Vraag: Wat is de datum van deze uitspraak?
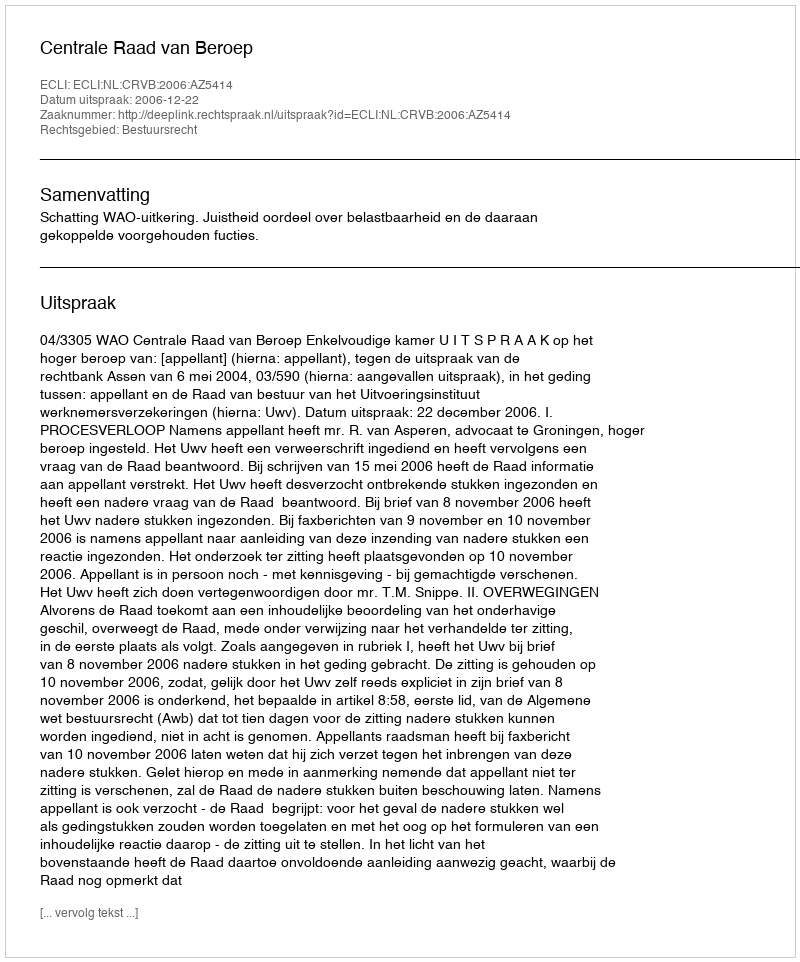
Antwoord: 2006-12-22